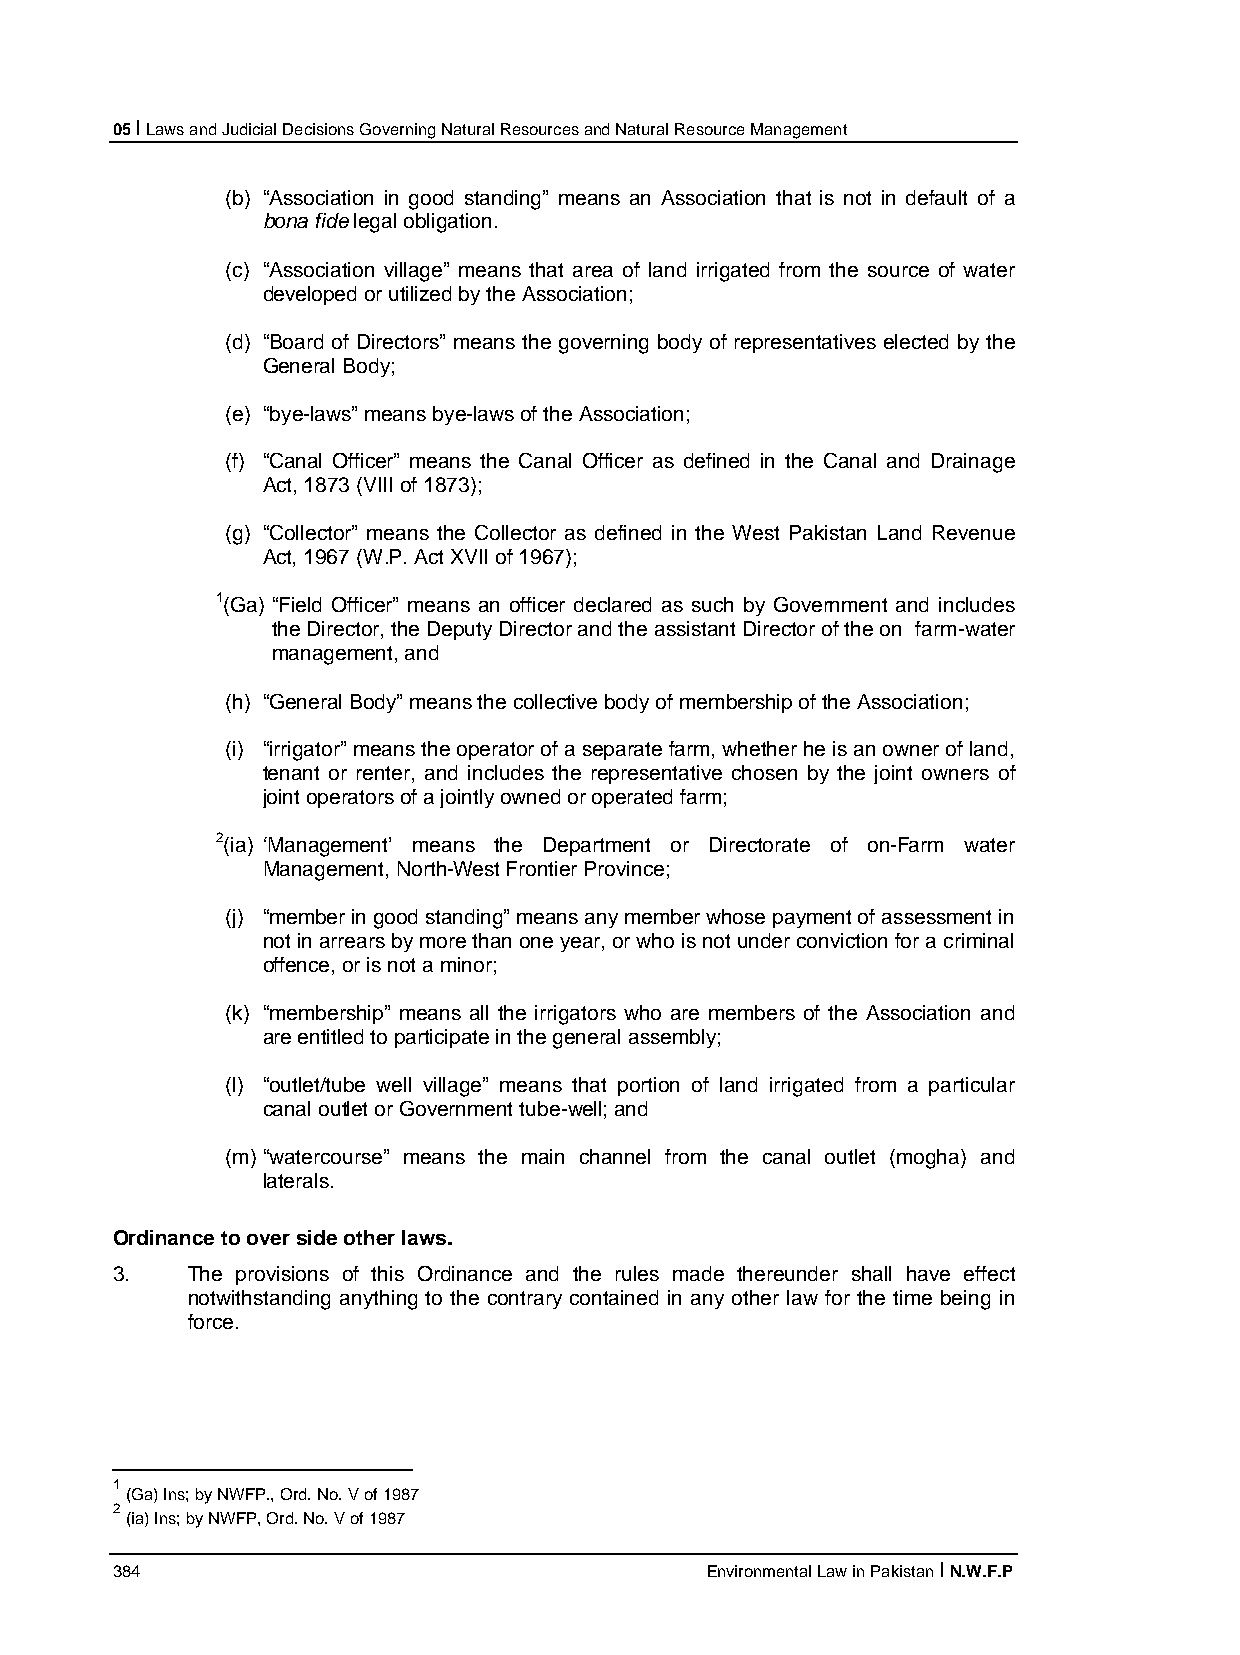
05 I Laws and Judicial Decisions Governing Natural Resources and Natural Resource Management
 (b) “Association in good standing” means an Association that is not in default of a
 bona fide legal obligation.
 (c) “Association village” means that area of land irrigated from the source of water
 developed or utilized by the Association;
 (d) “Board of Directors” means the governing body of representatives elected by the
 General Body;
 (e) “bye-laws” means bye-laws of the Association;
 (f) “Canal Officer” means the Canal Officer as defined in the Canal and Drainage
 Act, 1873 (VIII of 1873);
 (g) “Collector” means the Collector as defined in the West Pakistan Land Revenue
 Act, 1967 (W.P. Act XVII of 1967);
 1(Ga) “Field Officer” means an officer declared as such by Government and includes
 the Director, the Deputy Director and the assistant Director of the on farm-water
 management, and
 (h) “General Body” means the collective body of membership of the Association;
 (i) “irrigator” means the operator of a separate farm, whether he is an owner of land,
 tenant or renter, and includes the representative chosen by the joint owners of
 joint operators of a jointly owned or operated farm;
 2(ia) ‘Management’ means the Department or Directorate of on-Farm water
 Management, North-West Frontier Province;
 (j) “member in good standing” means any member whose payment of assessment in
 not in arrears by more than one year, or who is not under conviction for a criminal
 offence, or is not a minor;
 (k) “membership” means all the irrigators who are members of the Association and
 are entitled to participate in the general assembly;
 (l) “outlet/tube well village” means that portion of land irrigated from a particular
 canal outlet or Government tube-well; and
 (m) “watercourse” means the main channel from the canal outlet (mogha) and
 laterals.
 Ordinance to over side other laws.
 3.   The provisions of this Ordinance and the rules made thereunder shall have effect
 notwithstanding anything to the contrary contained in any other law for the time being in
 force.
 1
 (Ga) Ins; by NWFP., Ord. No. V of 1987
 2
 (ia) Ins; by NWFP, Ord. No. V of 1987
 384                                     Environmental Law in Pakistan I N.W.F.P